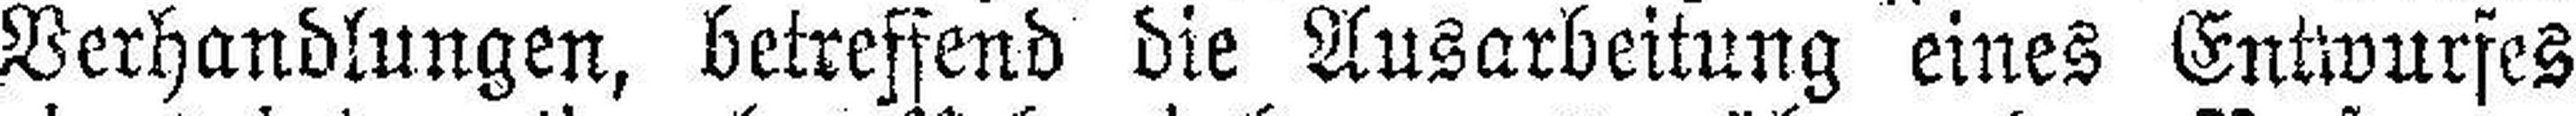
Verhandlungen, betreffend die Ausarbeitung eines Entwurfes